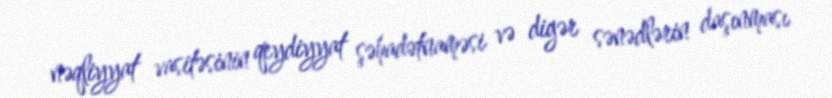
nəqliyyat vasitəsinin qeydiyyat şəhadətnaməsi və digər sənədlərin daşınması